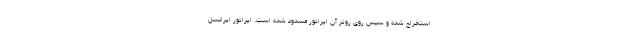
استخراج شده و سپس روی روتر آن اپراتور مسدود شده است. اپراتور ایرانسل